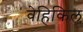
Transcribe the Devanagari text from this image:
वेहिकिल